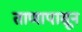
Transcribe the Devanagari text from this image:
ताणापासून